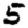
Digit: 5